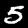
Label: 5